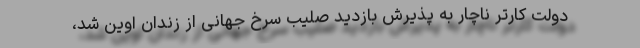
دولت كارتر ناچار به پذیرش بازدید صلیب سرخ جهانی از زندان اوین شد،